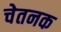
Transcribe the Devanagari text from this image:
चेतनक